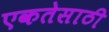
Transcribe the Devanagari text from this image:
एकतेसाठी